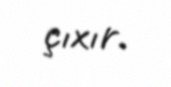
çıxır.